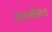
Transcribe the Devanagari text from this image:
कात्रीनेच